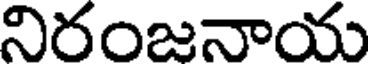
నిరంజనాయ